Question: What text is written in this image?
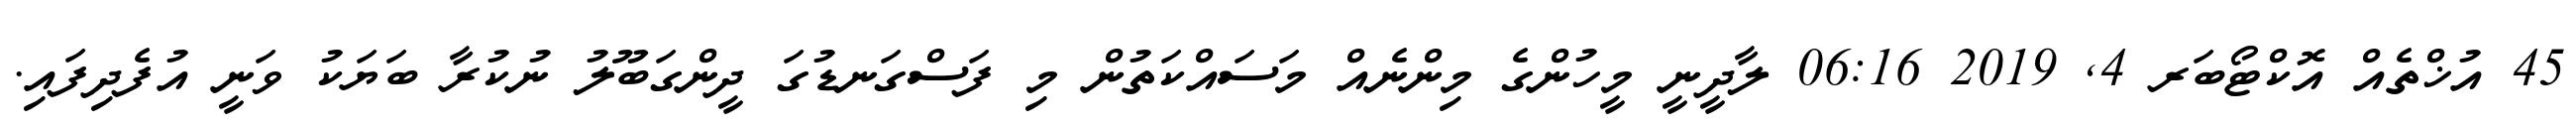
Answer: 45 އުޚްތެއް އޮކްޓޯބަރ 4, 2019 06:16 ލާދީނީ މީހުންގެ މިންނެއް މަސައްކަތުން މި ފަސްގަނޑުގަ ދީންގަބޫލު ނުކުރާ ބަޔަކު ވަނީ އުފެދިފައި.